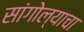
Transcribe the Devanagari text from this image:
सांगोल्याचा